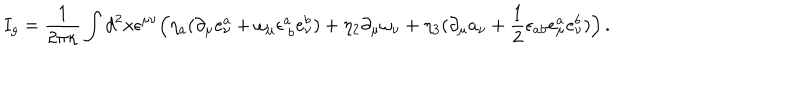
LaTeX: I _ { g } = \frac { 1 } { 2 \pi \kappa } \int d ^ { 2 } x \epsilon ^ { \mu \nu } \Bigl ( \eta _ { a } ( \partial _ { \mu } e _ { \nu } ^ { a } + \omega _ { \mu } \epsilon _ { ~ b } ^ { a } e _ { \nu } ^ { b } ) + \eta _ { 2 } \partial _ { \mu } \omega _ { \nu } + \eta _ { 3 } ( \partial _ { \mu } a _ { \nu } + \frac { 1 } { 2 } \epsilon _ { a b } e _ { \mu } ^ { a } e _ { \nu } ^ { b } ) \Bigr ) \, .